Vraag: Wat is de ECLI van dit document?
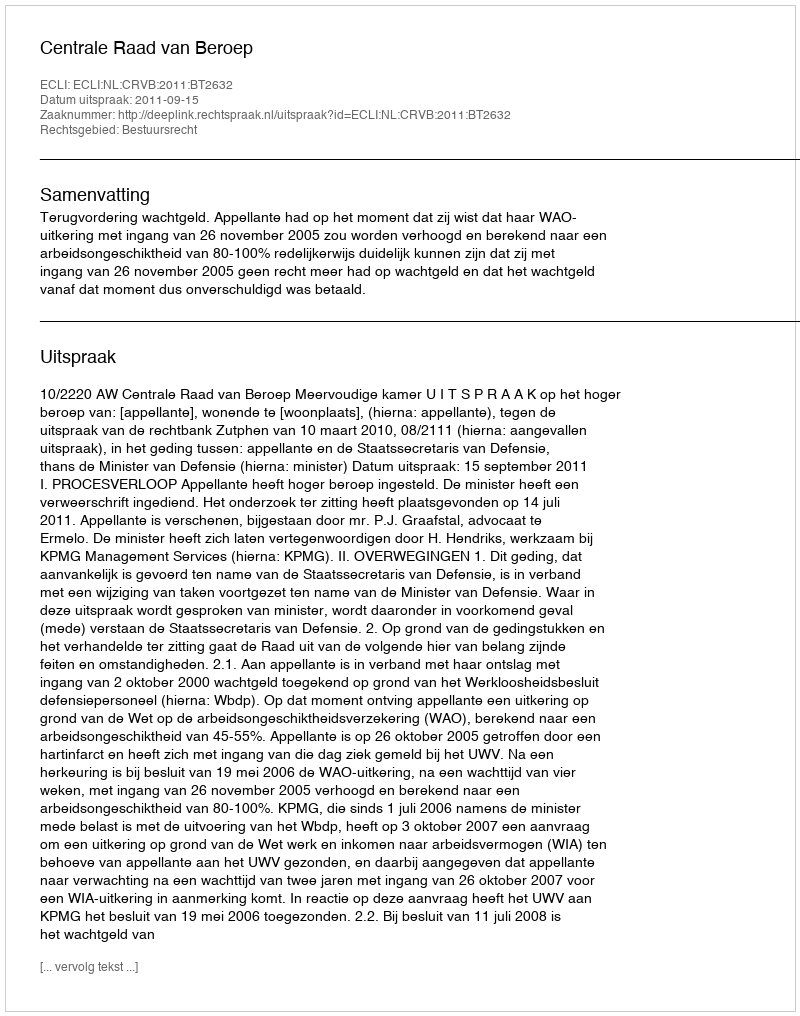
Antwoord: ECLI:NL:CRVB:2011:BT2632